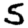
Digit: 5